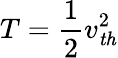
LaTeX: T=\frac{1}{2}v_{\mathit{th}}^{2}